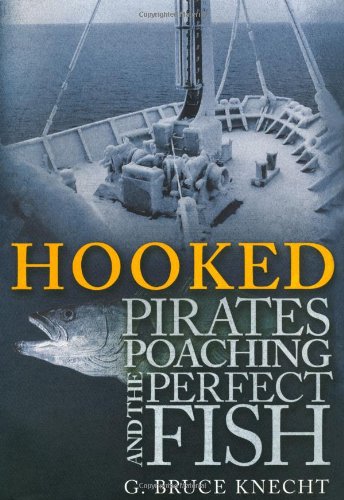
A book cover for Hooked: Pirates, Poaching, and the Perfect Fish; G. Bruce Knecht; Law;